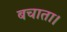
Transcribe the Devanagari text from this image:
बचाता।